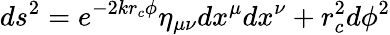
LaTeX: ds^{2}=e^{-2kr_{c}\phi}\eta_{\mu\nu}dx^{\mu}dx^{\nu}+r_{c}^{2}d\phi^{2}